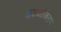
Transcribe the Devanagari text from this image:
सशक्तीकऱण